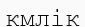
кмлік